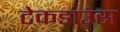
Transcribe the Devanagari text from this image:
टेकडाउंस